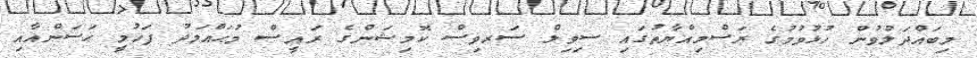
މިބައްދަލުވުން ހުޅުވުމުގެ ރަސްމިއްޔާތުގައި ސިވިލް ސަރވިސް ކޮމިޝަންގެ ރައީސް މުޙައްމަދު ފަހުމީ ޙަސަންއާއި